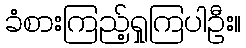
ခံစားကြည့်ရှုကြပါဦး။